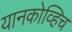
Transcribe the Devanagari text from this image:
यानकोव्हिच